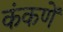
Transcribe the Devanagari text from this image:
कंकणें